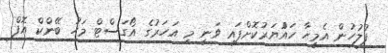
ފުލުހުން އެމީހާ ހައްުޔަރުކޮށްފައި ވަނީ މި އަހަރުގެ އޯގަސްޓް މަހު ބޭންކް އޮފް